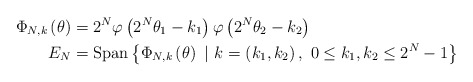
\begin{align*}\Phi_{N,k}\left( \theta\right) & =2^{N}\varphi\left( 2^{N}\theta_{1}-k_{1}\right) \varphi\left( 2^{N}\theta_{2}-k_{2}\right) \\E_{N} & =\mathrm{Span}\left\{ \Phi_{N,k}\left( \theta\right)\ |\ k=\left( k_{1},k_{2}\right) ,\ 0\leq k_{1},k_{2}\leq2^{N}-1\right\}\end{align*}